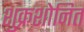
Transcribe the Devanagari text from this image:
शुक्रशोनित